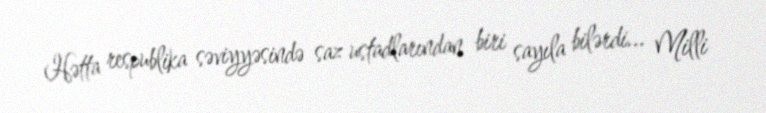
Hətta respublika səviyyəsində saz ustadlarından biri sayıla bilərdi... Milli